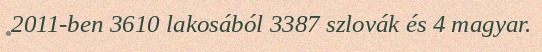
2011-ben 3610 lakosából 3387 szlovák és 4 magyar.